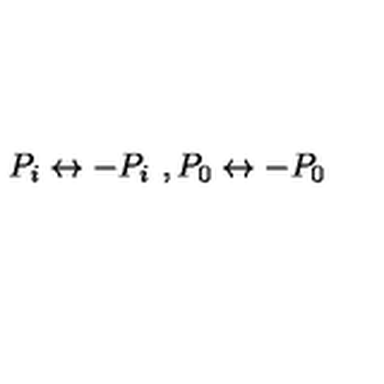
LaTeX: P _ { i } \leftrightarrow - P _ { i } \ , P _ { 0 } \leftrightarrow - P _ { 0 }